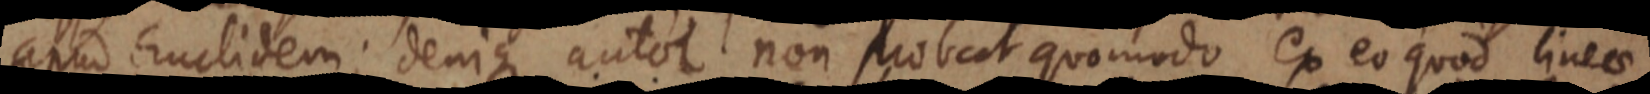
apud Euclidem; denique autor non probeat quomodo ex eo quod linea